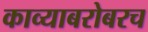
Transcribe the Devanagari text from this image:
काव्याबरोबरच